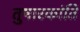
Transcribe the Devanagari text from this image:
तुषारकांति